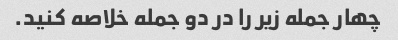
چهار جمله زیر را در دو جمله خلاصه کنید.